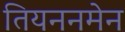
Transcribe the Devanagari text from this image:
तियननमेन